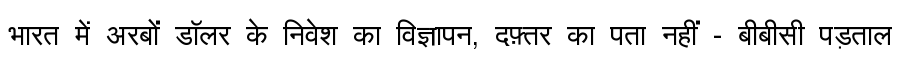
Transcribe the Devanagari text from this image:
भारत में अरबों डॉलर के निवेश का विज्ञापन, दफ़्तर का पता नहीं - बीबीसी पड़ताल